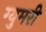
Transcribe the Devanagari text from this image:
ग्युमरी